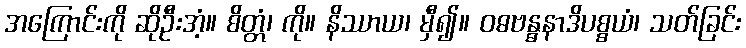
အကြောင်းကို ဆိုဦးအံ့။ စိတ္တံ၊ ကို။ နိဿာယ၊ မှီ၍။ ဝဓဗန္ဓနာဒိပစ္စယံ၊ သတ်ခြင်း